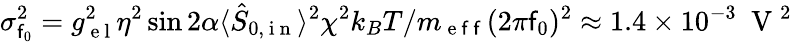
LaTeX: \sigma_{\mathsf{f}_{0}}^{2}=g_{\mathrm{{~e~l~}}}^{2}\eta^{2}\sin2\alpha\langle\hat{{S}}_{0,\mathrm{{~i~n~}}}\rangle^{2}\chi^{2}k_{B}T/m_{\mathrm{{~e~\mathsf{f}~\mathsf{f}~}}}(2\pi\mathsf{f}_{0})^{2}\approx1.4\times10^{-3}~\mathrm{{~V~}}^{2}